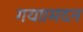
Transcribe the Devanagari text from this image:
गया।मदन